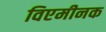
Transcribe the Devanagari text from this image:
विएमीनक